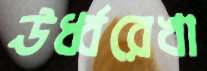
ঊর্ধ্বরেখা